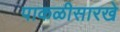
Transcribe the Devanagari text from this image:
पाकळीसारखे